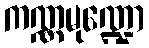
ကဏ္ဏမုဏ္ဍော